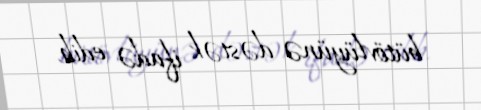
bütövlüyünə dəstək ifadə edib.